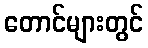
တောင်များတွင်